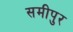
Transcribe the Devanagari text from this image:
समीपुर